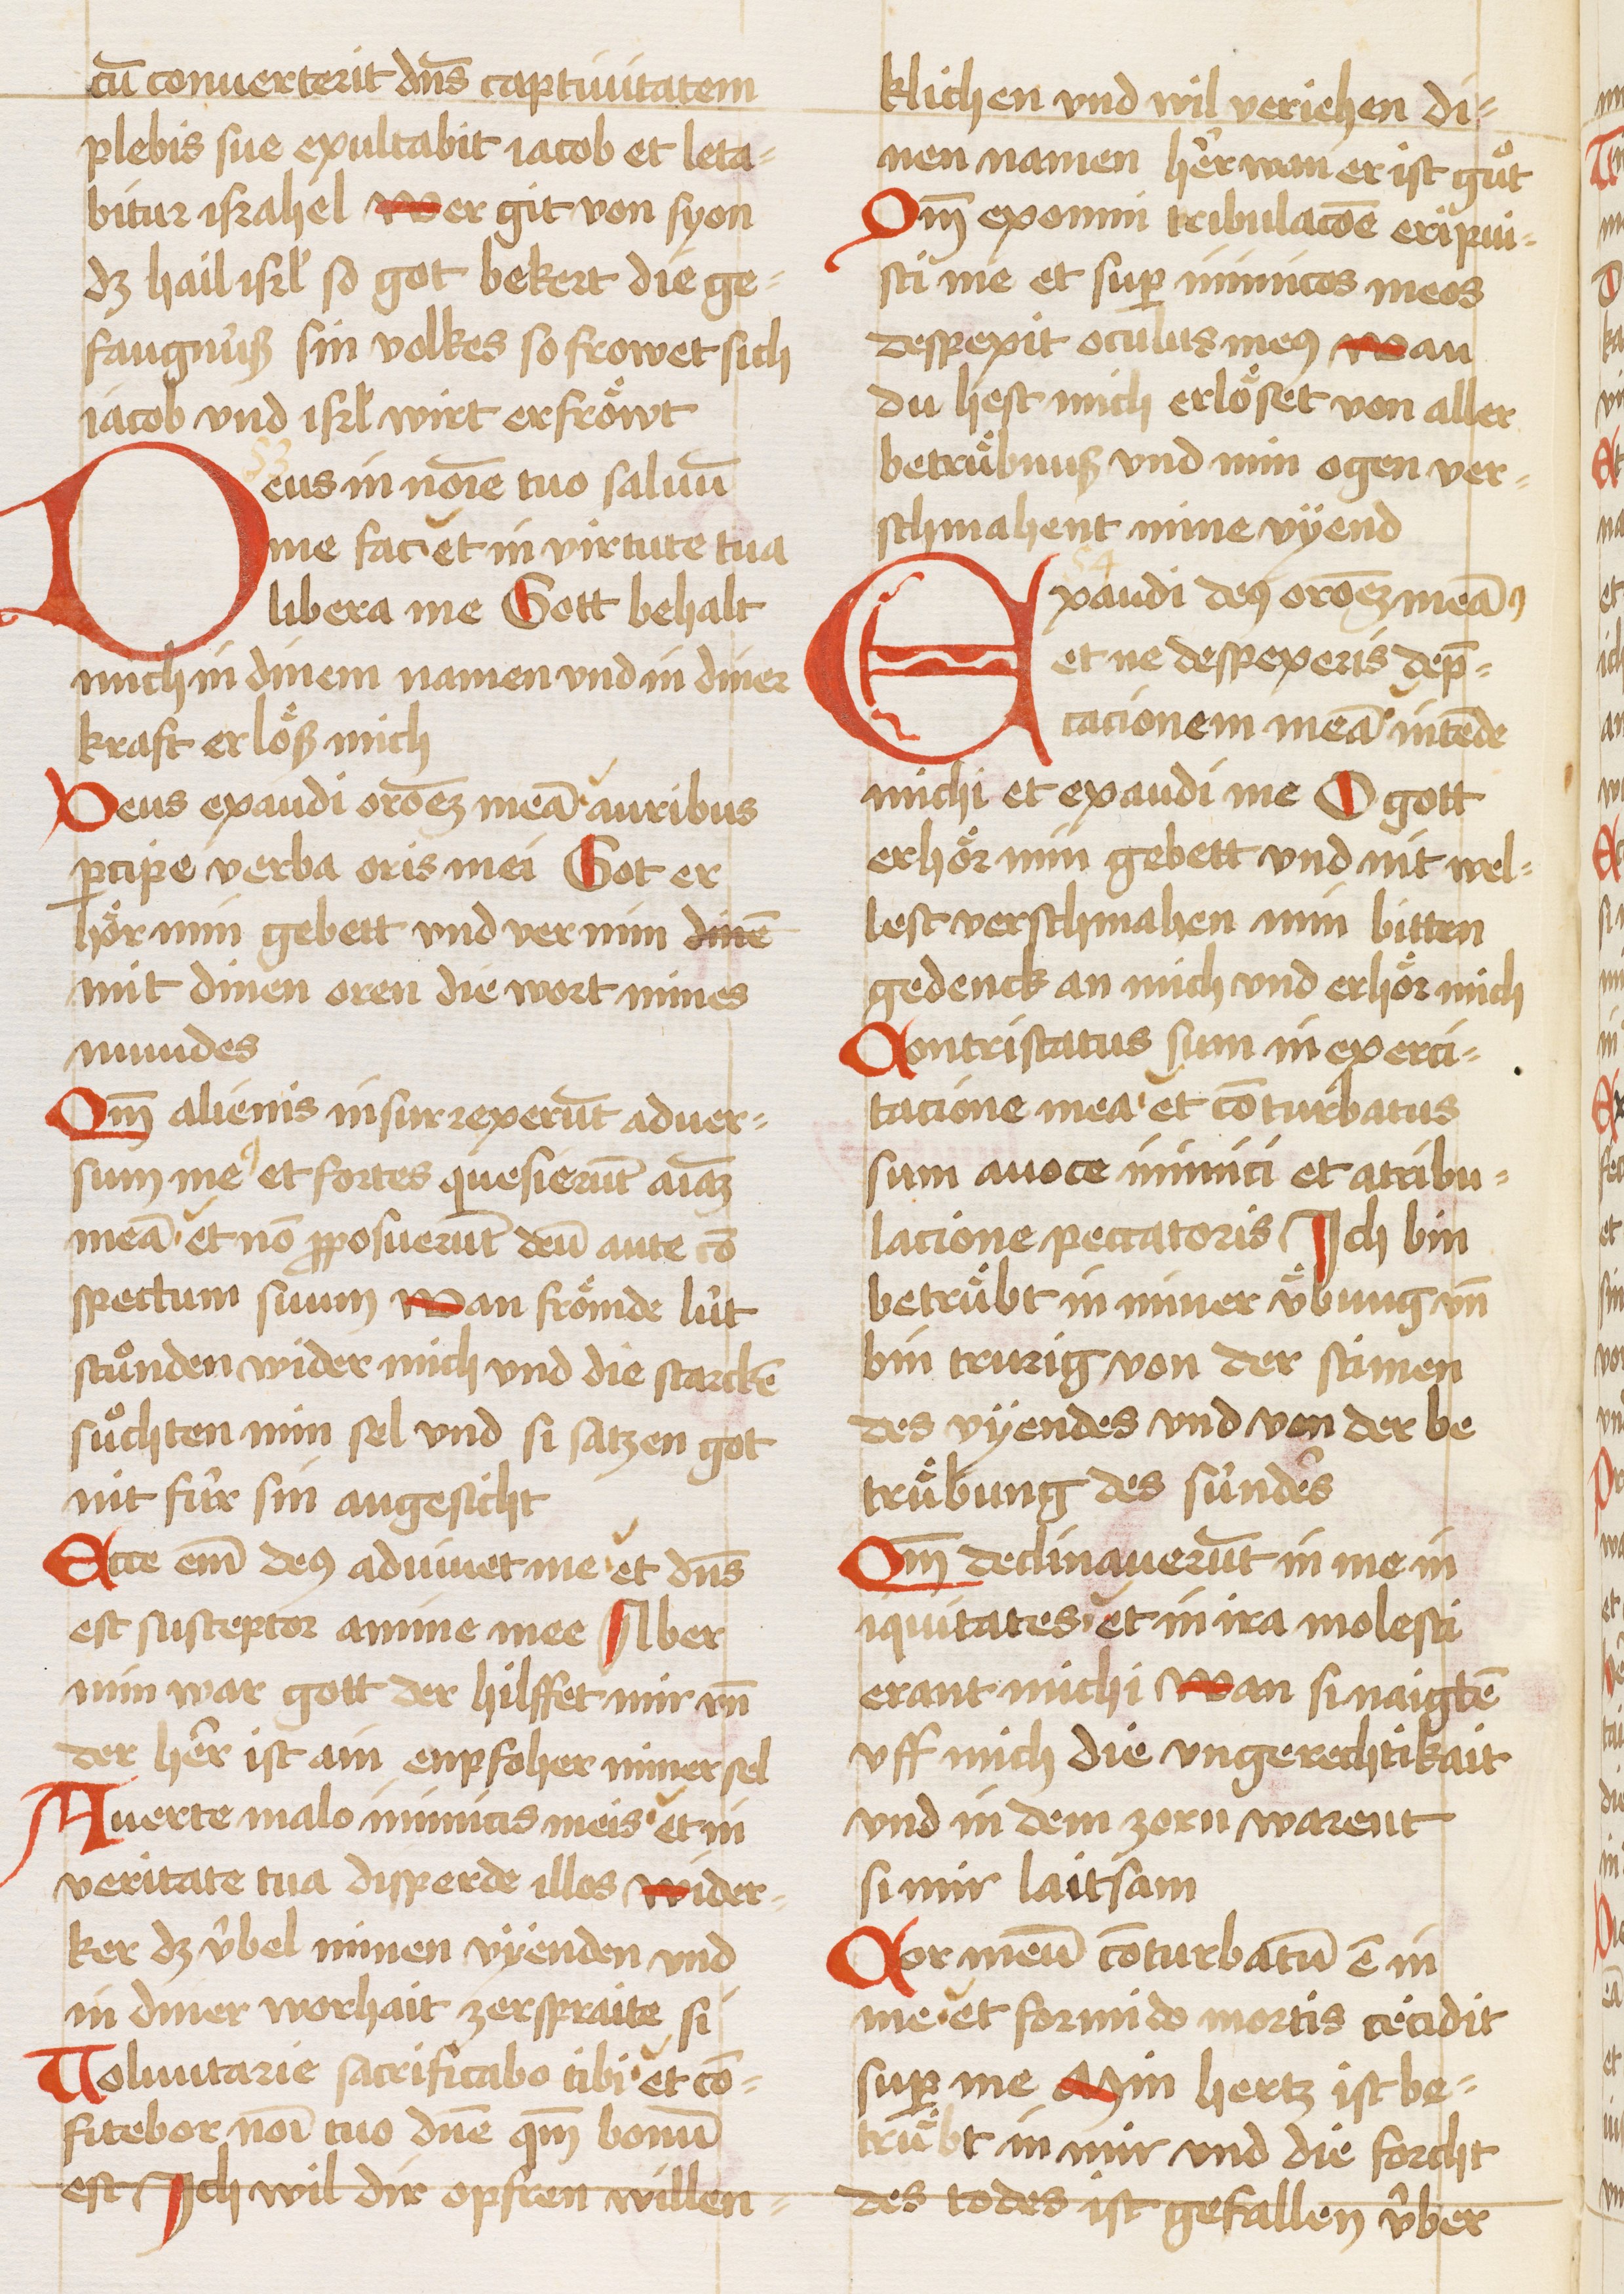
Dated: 1450–1499